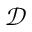
\mathcal { D }